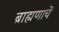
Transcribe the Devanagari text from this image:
ब्राह्मणाचें